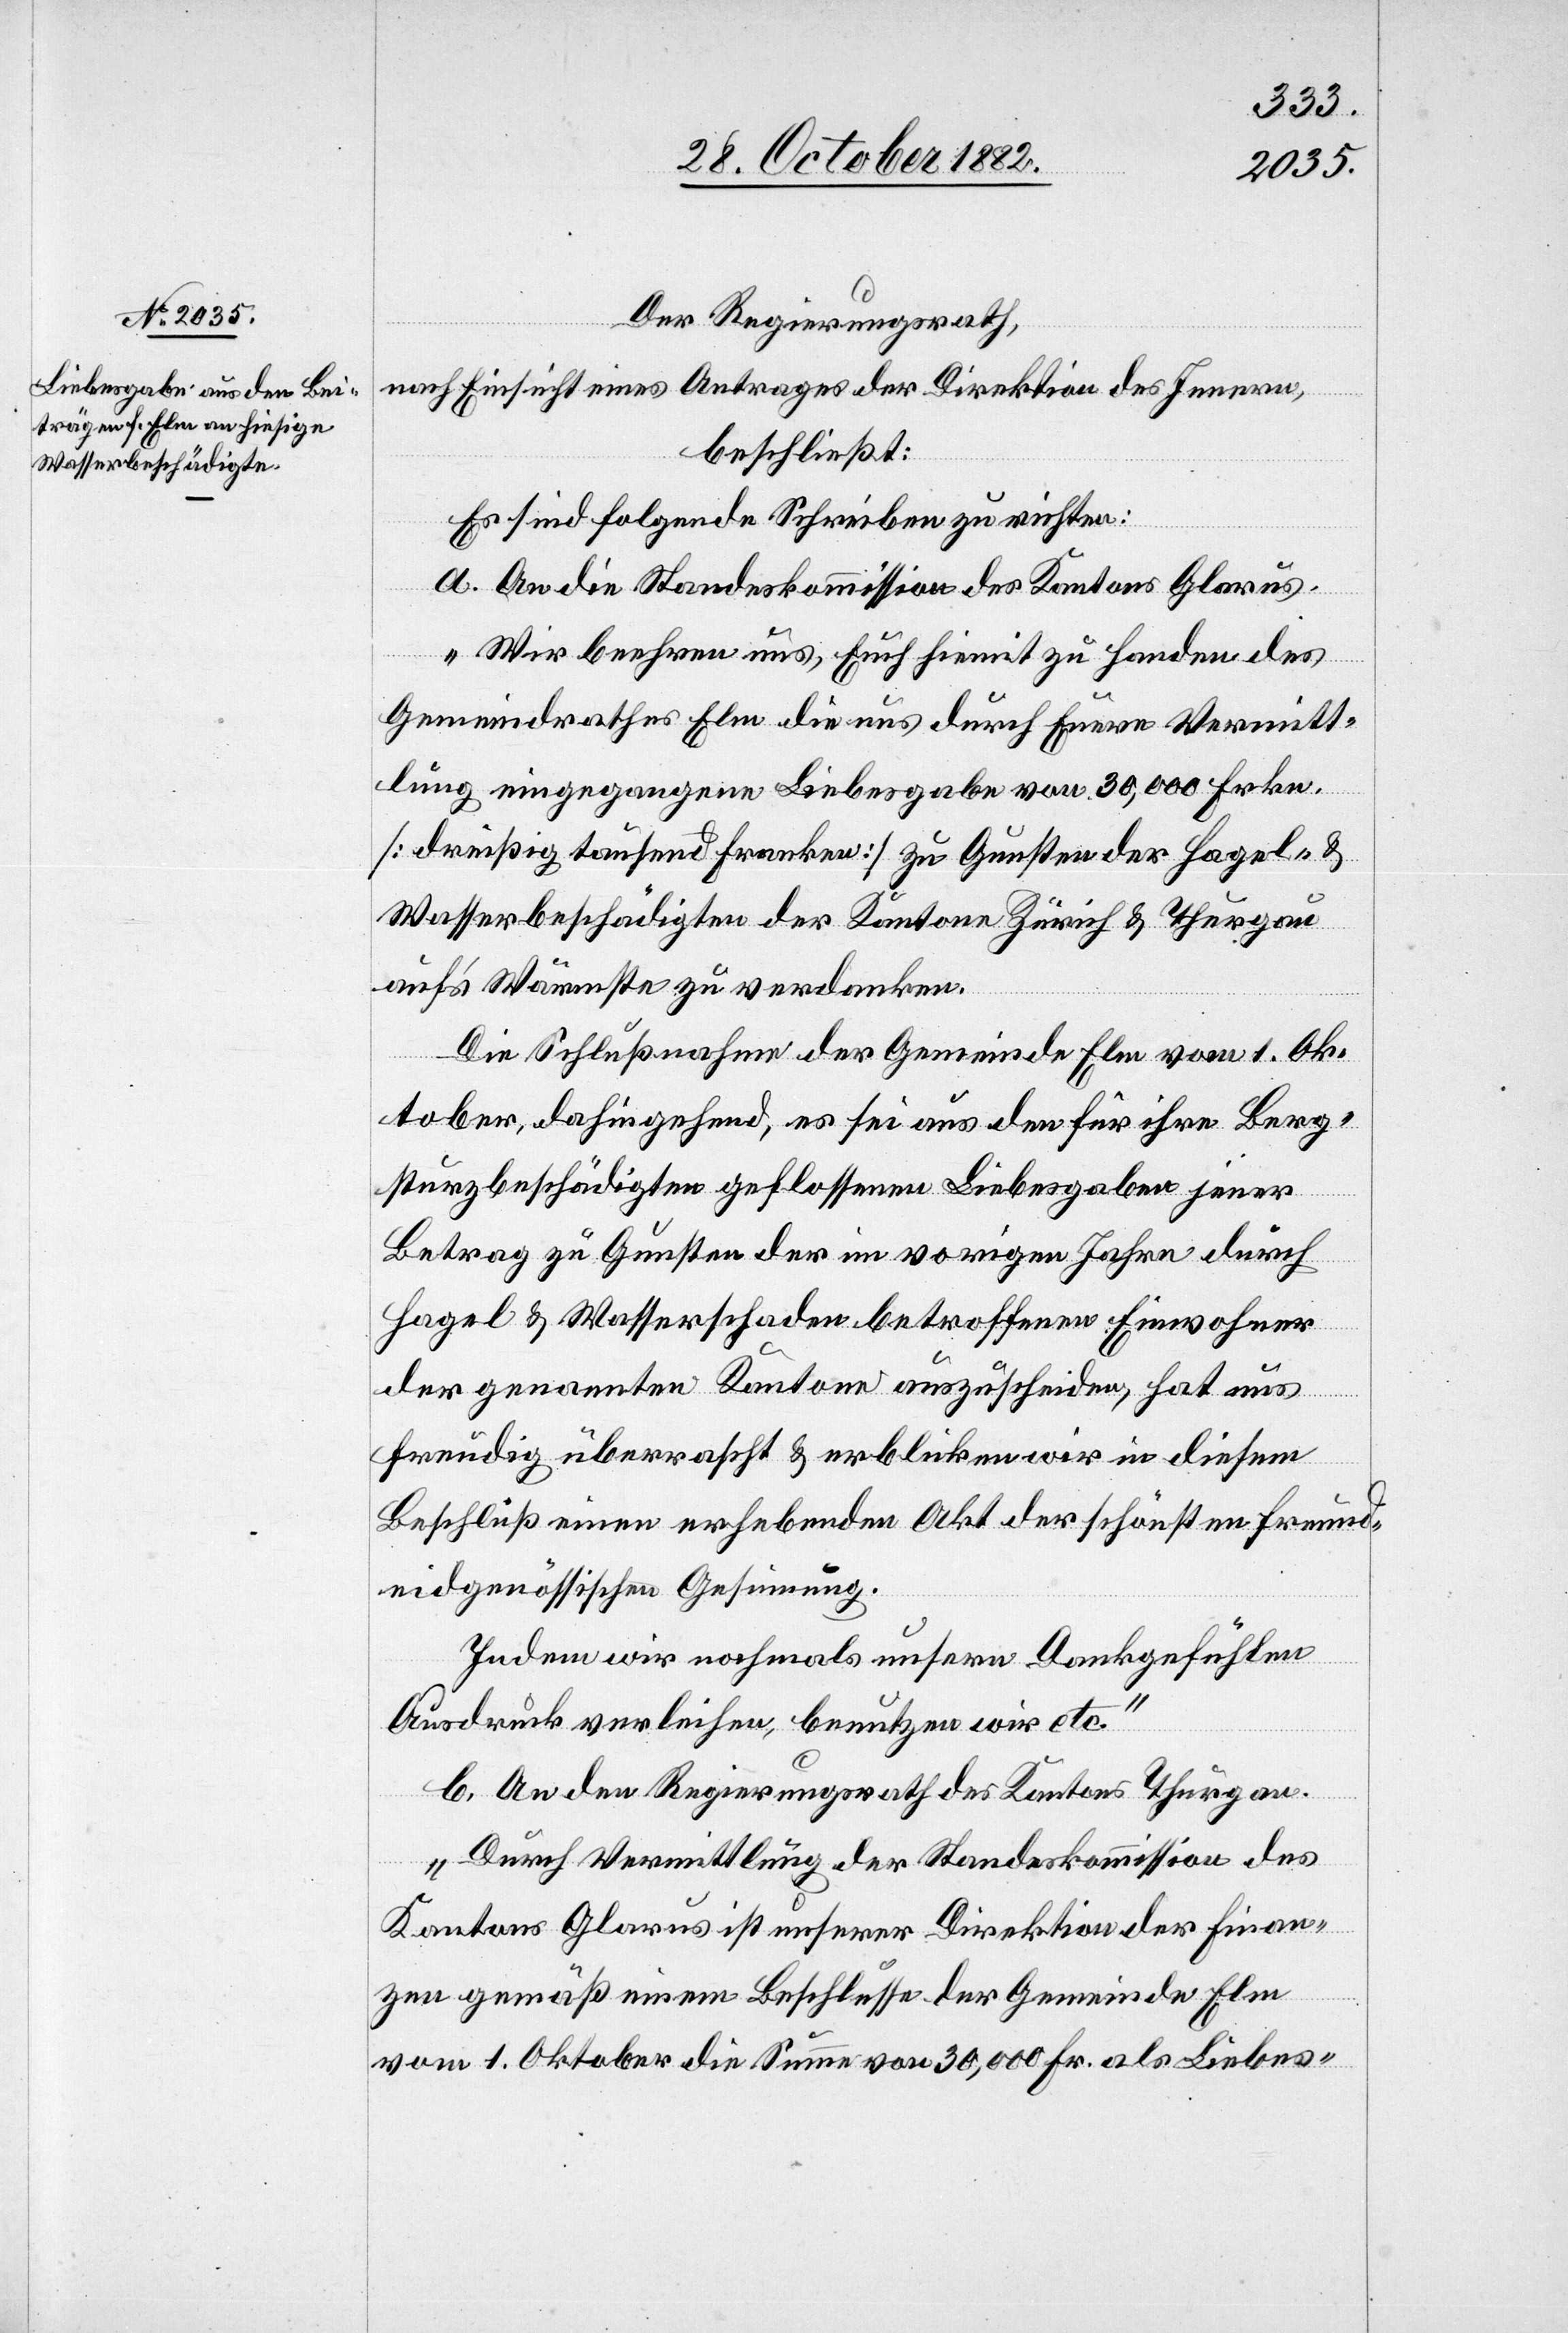
Der Regierungsrath,
nach Einsicht eines Antrages der Direktion des Innern,
beschließt:
Es sind folgende Schreiben zu richten:
a. An die Standeskommission des Kantons Glarus.
„Wir beehren uns, Euch hiemit zu Handen des
Gemeindrathes Elm die uns durch Eure Vermitt¬
lung eingegangene Liebesgabe von 30,000 Frkn.
[dreißig tausend Franken] zu Gunsten der Hagel- &
Wasserbeschädigten der Kantone Zürich & Thurgau
auf’s Wärmste zu verdanken.
Die Schlußnahme der Gemeinde Elm vom 1. Ok¬
tober, dahingehend, es sei aus den für ihre Berg¬
sturzbeschädigten geflossenen Liebesgaben jener
Betrag zu Gunsten der im vorigen Jahre durch
Hagel & Wasserschaden betroffenen Einwohner
der genannten Kantone auszuscheiden, hat uns
freudig überrascht & erblicken wir in diesem
Beschluß einen erheblichen Akte der schönsten Freund¬
eidgenössischen Gesinnung.
Indem wir nochmals unsern Dankgefühlen
Ausdruck verleihen, benutzen wir etc.“
b. An den Regierungsrath des Kantons Thurgau.
„Durch Vermittlung der Standeskommission des
Kantons Glarus ist unserer Direktion der Finan¬
zen gemäß einem Beschlusse der Gemeinde Elm
vom 1. Oktober die Summe von 30,000 Fr. als Liebes-